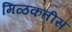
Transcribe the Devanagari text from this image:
मिळकतीस